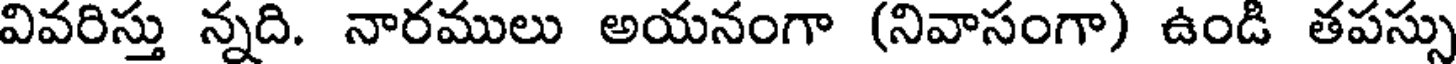
వివరిస్తు న్నది. నారములు అయనంగా (నివాసంగా) ఉండి తపస్సు